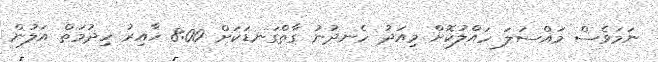
ނަމަވެސް މައްސަލަ ހައްލުކޮށް މިއަދު ހެނދުނު ގާތްގަނޑަކަށް 8:00 ހާއިރު ހިދުމަތް އަލުން